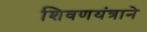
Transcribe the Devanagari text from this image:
शिवणयंत्राने